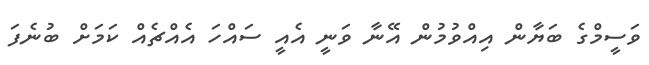
ވަސީމްގެ ބަޔާން އިއްވުމުން އޭނާ ވަނީ އެއީ ސައްހަ އެއްޗެއް ކަމަށް ބުނެފަ